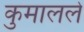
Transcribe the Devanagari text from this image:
कुमालले